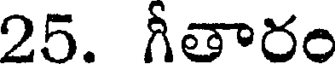
25. గీతారం